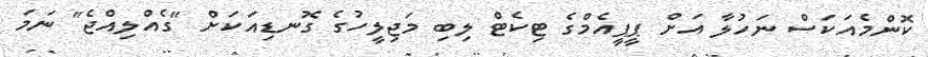
ކޮންމެއަކަސް ނަހުލާ އަށް ޕީޕީއެމްގެ ޓިކެޓް ލިބި މަޖިލީހުގެ ގޮނޑިއަކަށް "ގެއްލިއްޖެ" ނަމަ